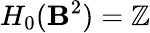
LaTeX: H_{0}(\mathbf{B}^{2})=\mathbb{{Z}}